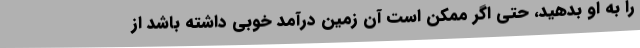
را به او بدهید، حتی اگر ممکن است آن زمین درآمد خوبی داشته باشد از